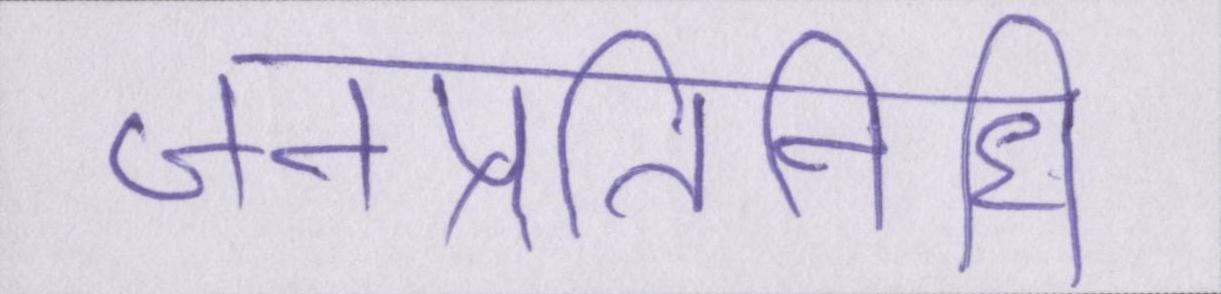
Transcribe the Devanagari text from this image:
जनप्रतिनिधि